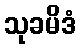
သုခမိဒံ